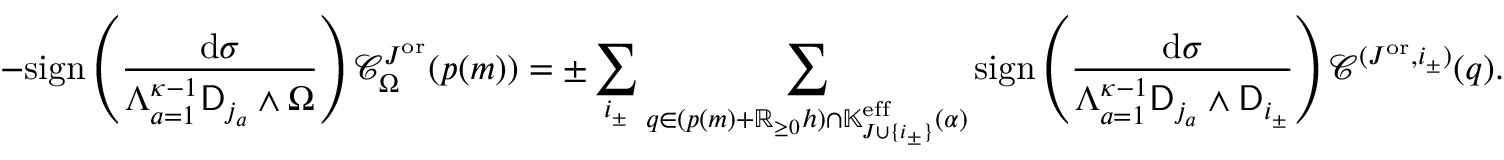
- \mathrm { s i g n } \left( \frac { \mathrm { d } \sigma } { \Lambda _ { a = 1 } ^ { { \boldsymbol { \kappa } } - 1 } \mathsf { D } _ { j _ { a } } \wedge \Omega } \right) \mathcal { C } _ { \Omega } ^ { J ^ { \mathrm { o r } } } ( p ( m ) ) = \pm \sum _ { i _ { \pm } } \sum _ { q \in ( p ( m ) + \mathbb { R } _ { \ge 0 } h ) \cap \mathbb { K } _ { J \cup \{ i _ { \pm } \} } ^ { { \mathrm { e f f } } } ( \alpha ) } \mathrm { s i g n } \left( \frac { \mathrm { d } \sigma } { \Lambda _ { a = 1 } ^ { { \boldsymbol { \kappa } } - 1 } \mathsf { D } _ { j _ { a } } \wedge \mathsf { D } _ { i _ { \pm } } } \right) \mathcal { C } ^ { ( J ^ { \mathrm { o r } } , i _ { \pm } ) } ( q ) .